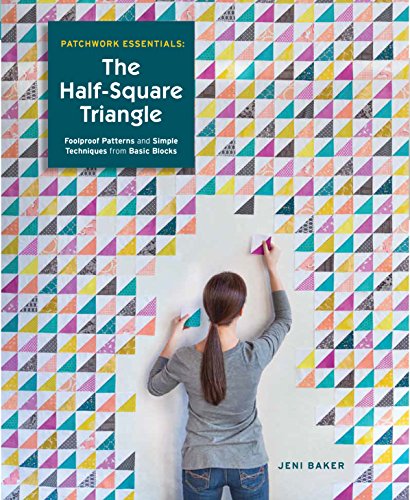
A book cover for Patchwork Essentials: The Half-Square Triangle: Foolproof Patterns and Simple Techniques from Basic Blocks; Jeni Baker; Crafts, Hobbies & Home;